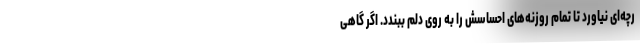
رچه‌ای نیاورد تا تمام روزنه‌های احساسش را به روی دلم ببندد. اگر گاهی